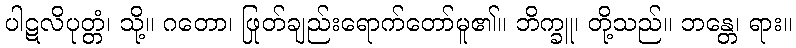
ပါဋလိပုတ္တံ၊ သို့။ ဂတော၊ ဖြုတ်ချည်းရောက်တော်မူ၏။ ဘိက္ခူ၊ တို့သည်။ ဘန္တေ၊ ရား။